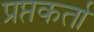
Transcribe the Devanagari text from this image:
प्रप्तकर्ता